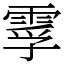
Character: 䨗